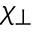
\chi _ { \perp }